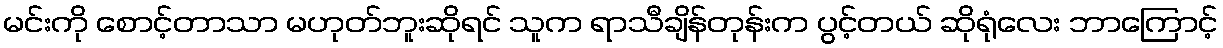
မင်းကို စောင့်တာသာ မဟုတ်ဘူးဆိုရင် သူက ရာသီချိန်တုန်းက ပွင့်တယ် ဆိုရုံလေး ဘာကြောင့်